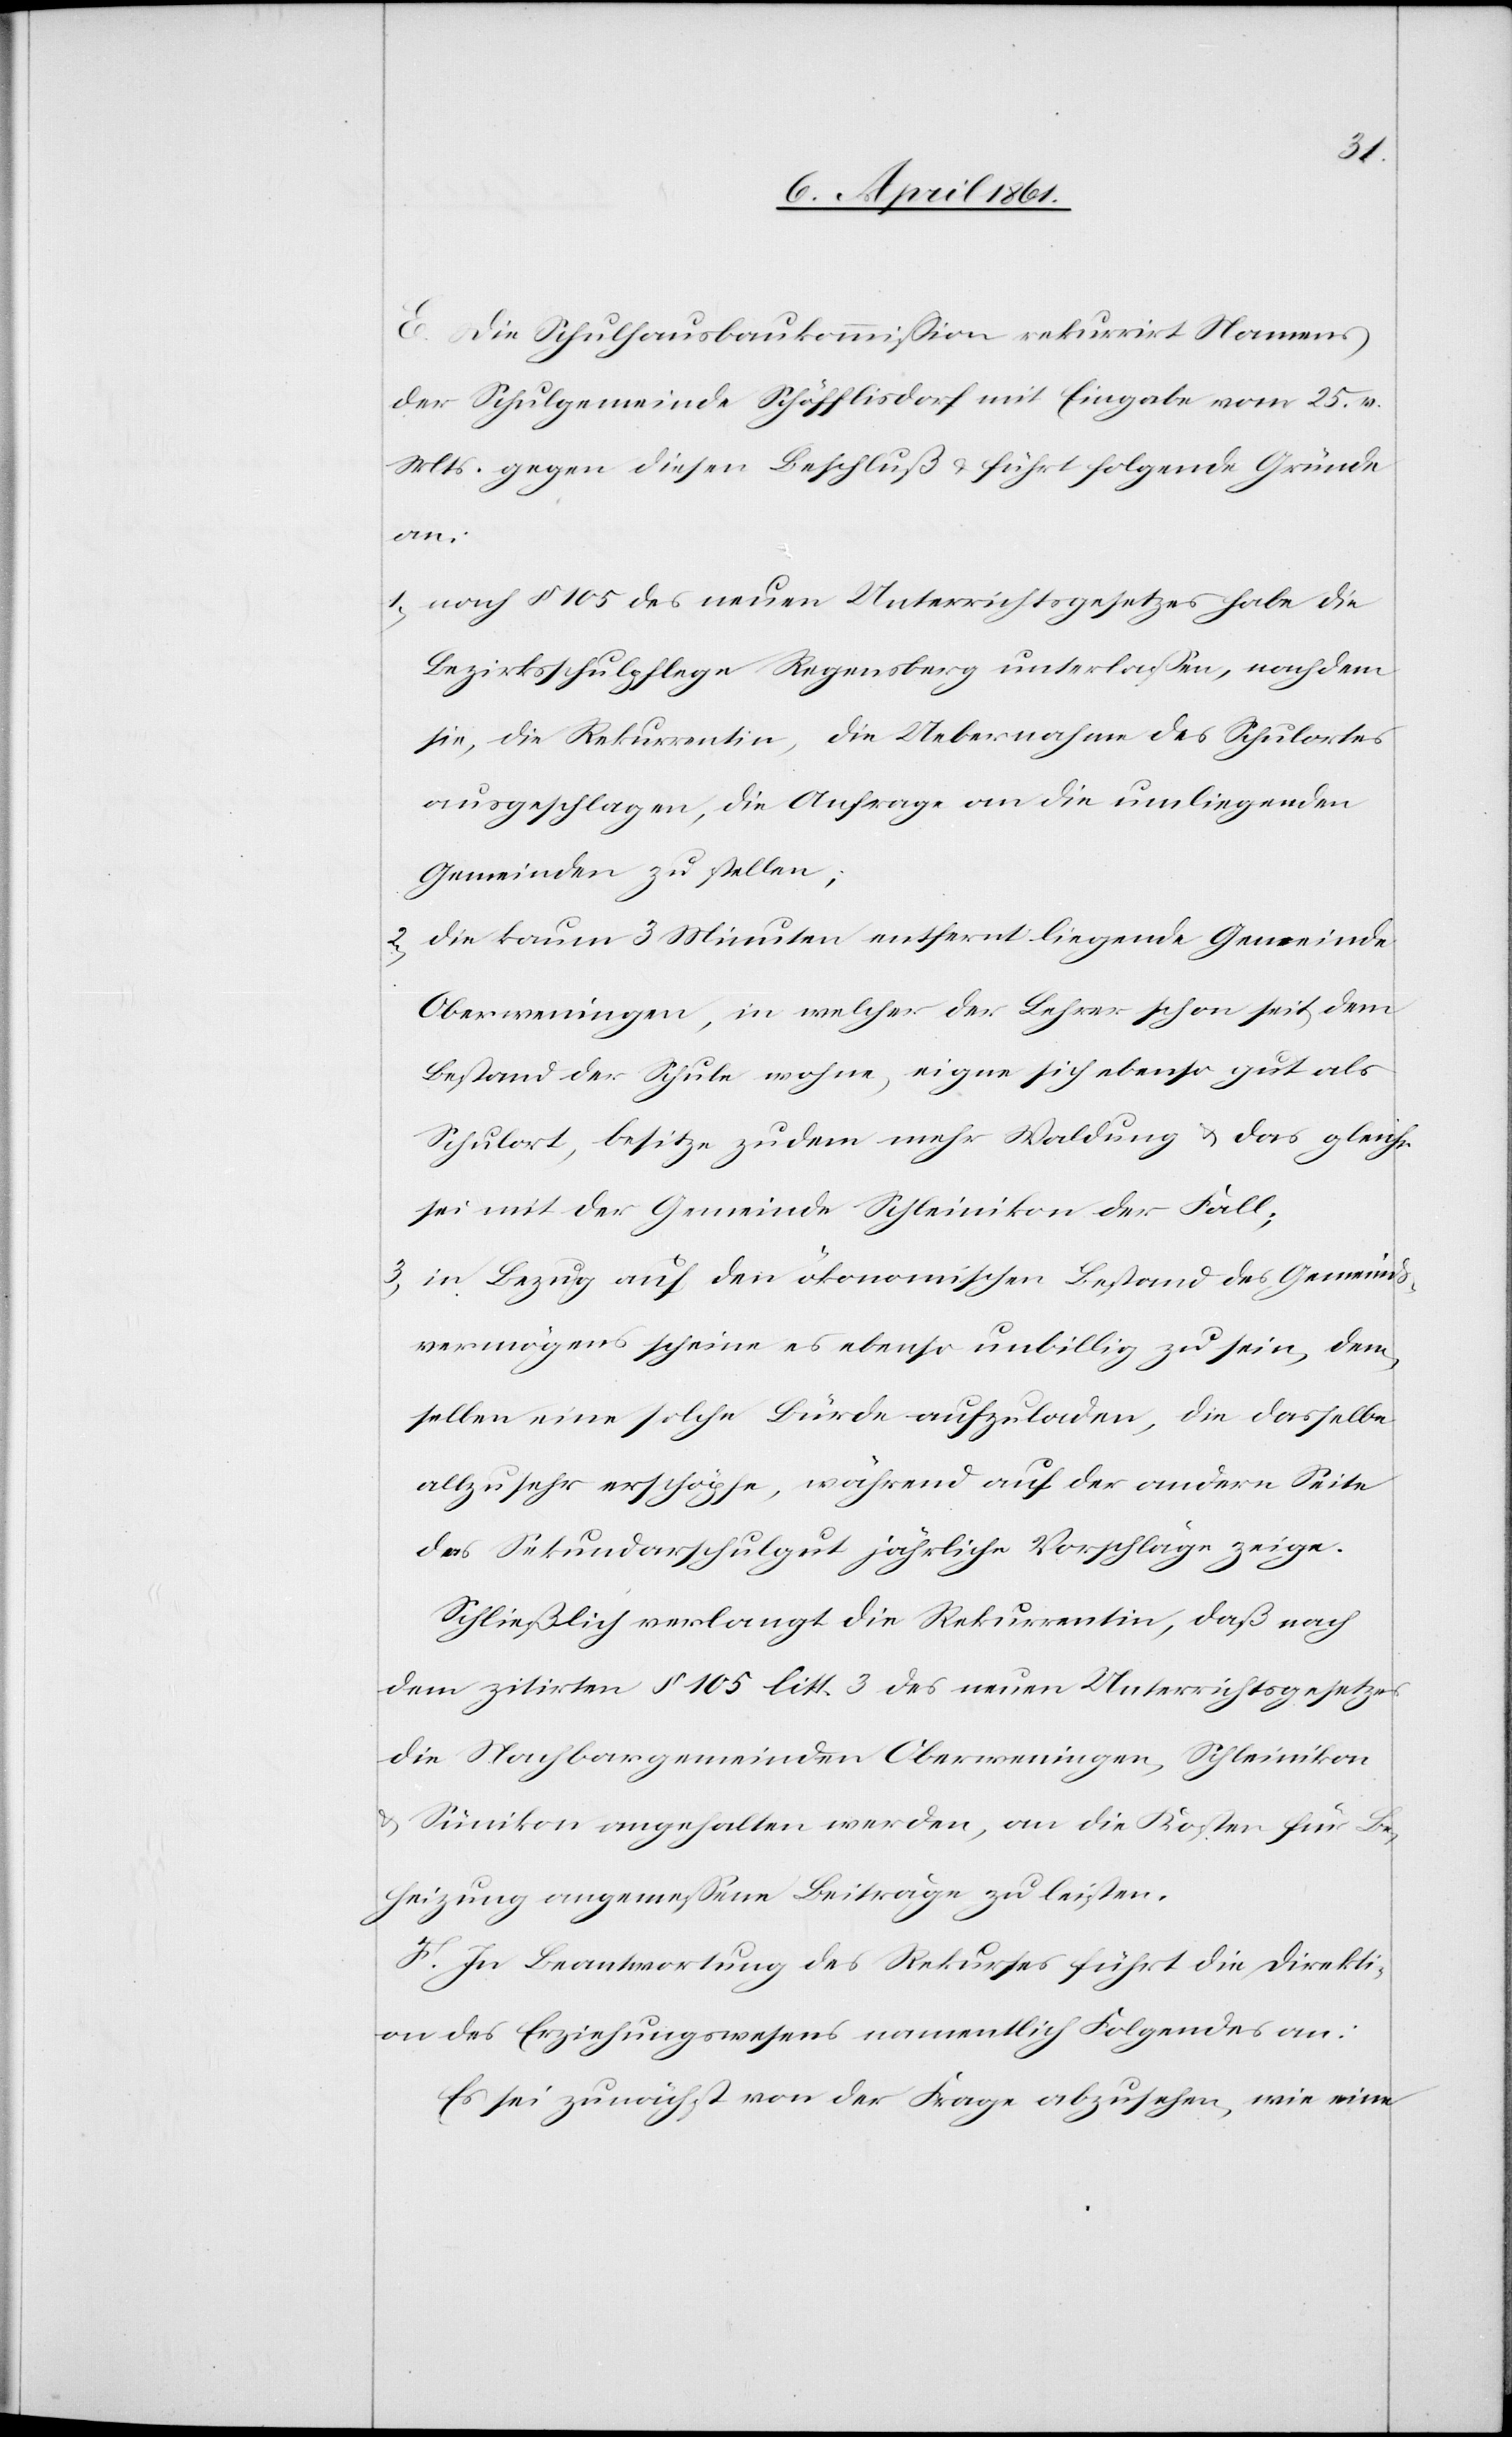
E. Die Schulhausbaukommission rekurrirt Namens
der Schulgemeinde Schöfflisdorf mit Eingabe vom 25. v.
Mts. gegen diesen Beschluß u. führt folgende Gründe
an:
1. nach § 105 des neuen Unterrichtsgesetzes habe die
Bezirksschulpflege Regensberg unterlassen, nachdem
sie, die Rekurrentin, die Uebernahme des Schulortes
ausgeschlagen, die Anfrage an die umliegenden
Gemeinden zu stellen;
2. die kaum 3 Minuten entfernt liegende Gemeinde
Oberweningen, in welcher der Lehrer schon seit dem
Bestand der Schule wohne, eigne sich ebenso gut als
Schulort, besitze zudem mehr Waldung u. das gleiche
sei mit der Gemeinde Schleinikon der Fall;
3. in Bezug auf den ökonomischen Bestand des Gemeinds¬
vermögens scheine es ebenso unbillig zu sein, dem¬
selben eine solche Bürde aufzuladen, die dasselbe
allzusehr erschöpfe, während auf der andern Seite
das Sekundarschulgut jährlich Vorschläge zeige.
Schließlich verlangt die Rekurrentin, daß nach
dem zitirten § 105 litt. 3 des neuen Unterrichtsgesetzes
die Nachbargemeinden Oberweningen, Schleinikon
u. Sünikon angehalten werden, an die Kosten für Be¬
heizung angemessene Beiträge zu leisten.
F. In Beantwortung des Rekurses führt die Direkti¬
on des Erziehungswesens namentlich Folgendes an:
Es sei zunächst von der Frage abzusehen, wie eine